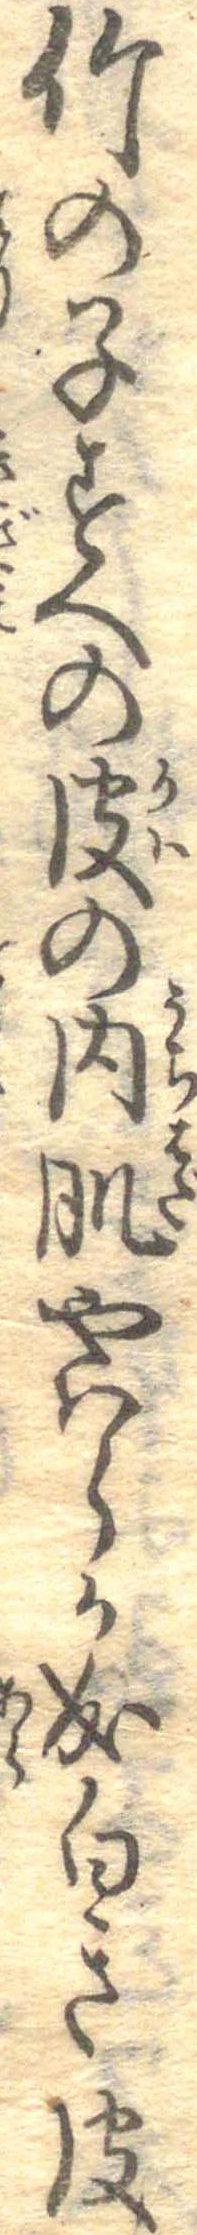
竹の子すへの皮の内肌やはらか成白き皮